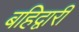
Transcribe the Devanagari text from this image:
बहिद्वारीं